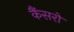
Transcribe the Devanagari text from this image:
कैंसरो